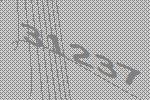
31237